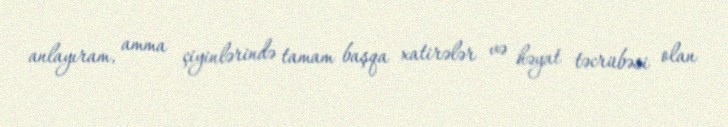
anlayıram, amma çiyinlərində tamam başqa xatirələr və həyat təcrübəsi olan